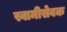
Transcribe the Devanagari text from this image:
स्वामीसेवक